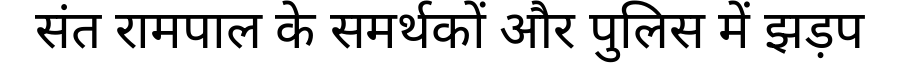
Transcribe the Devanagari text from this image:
संत रामपाल के समर्थकों और पुलिस में झड़प